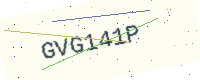
Text: GVG141P